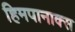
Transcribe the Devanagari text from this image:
हिमपानाक्स